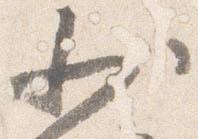
少